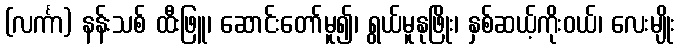
(လင်္ကာ) နန်းသစ် ထီးဖြူ၊ ဆောင်းတော်မူ၍၊ ရွယ်မူနုဖြိုး၊ နှစ်ဆယ့်ကိုးဝယ်၊ လေးမျိုး